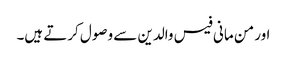
اور من مانی فیس والدین سے وصول کرتے ہیں۔